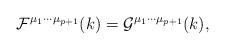
LaTeX: \begin{align*}{\cal F}^{{\mu}_{1}{\cdots}{\mu}_{p+1}}(k)={\cal G}^{{\mu}_{1}{\cdots}{\mu}_{p+1}}(k),\end{align*}